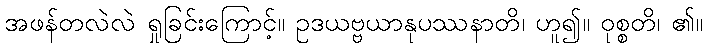
အဖန်တလဲလဲ ရှုခြင်းကြောင့်။ ဥဒယဗ္ဗယာနုပဿနာတိ၊ ဟူ၍။ ဝုစ္စတိ၊ ၏။